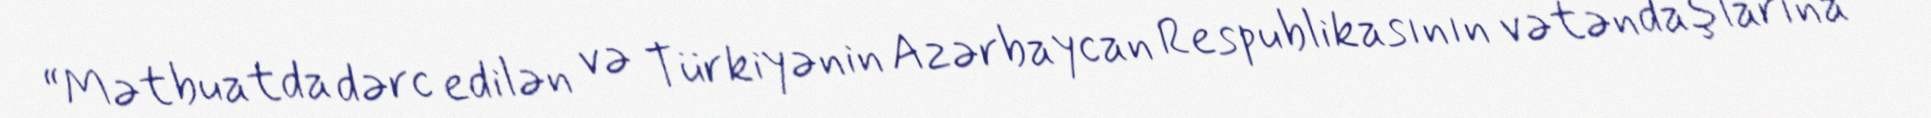
“Mətbuatda dərc edilən və Türkiyənin Azərbaycan Respublikasının vətəndaşlarına